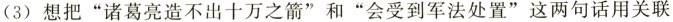
(3) 想把”诸葛亮造不出十万之箭”和”会受到军法处置”这两句话用关联